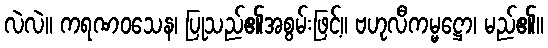
လဲလဲ။ ကရဏဝသေန၊ ပြုသည်၏အစွမ်းဖြင့်။ ဗဟုလီကမ္မဋ္ဌော၊ မည်၏။